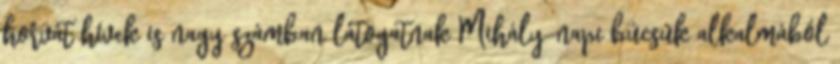
horvát hívek is nagy számban látogatnak Mihály-napi búcsúk alkalmából